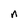
Character: n